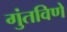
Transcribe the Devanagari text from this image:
गुंतविणे